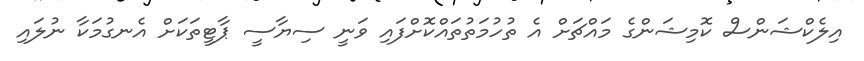
އިލެކްޝަންސް ކޮމިޝަންގެ މައްޗަށް އެ ތުހުމަތުތައްކޮށްފައި ވަނީ ސިޔާސީ ޕާޓީތަކަށް އެނގުމަކާ ނުލައި